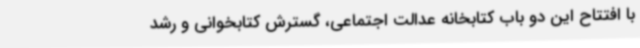
با افتتاح این دو باب کتابخانه عدالت اجتماعی، گسترش کتابخوانی و رشد